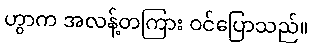
ဟွာက အလန့်တကြား ဝင်ပြောသည်။